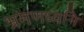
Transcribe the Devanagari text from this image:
भ्रमणध्वनि